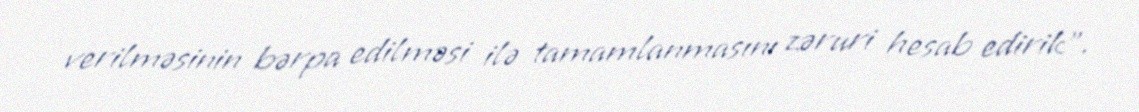
verilməsinin bərpa edilməsi ilə tamamlanmasını zəruri hesab edirik”.